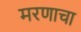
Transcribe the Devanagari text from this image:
मरणाचा